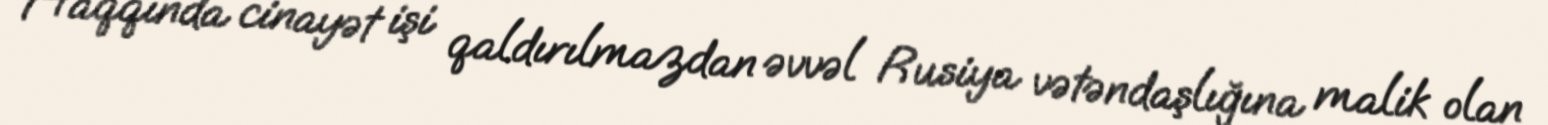
Haqqında cinayət işi qaldırılmazdan əvvəl Rusiya vətəndaşlığına malik olan